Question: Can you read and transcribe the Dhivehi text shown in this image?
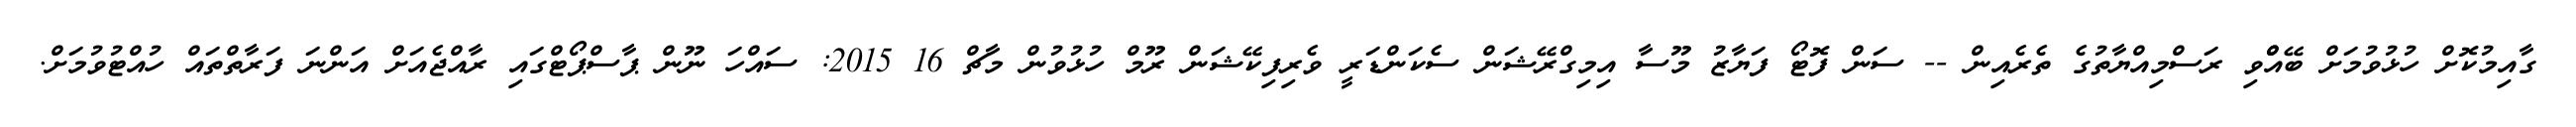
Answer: ގާއިމުކޮށް ހުޅުވުމަށް ބޭއްްވި ރަސްމިއްޔާތުގެ ތެރެއިން -- ސަން ފޮޓޯ ފަޔާޒު މޫސާ އިމިގްރޭޝަން ސެކަންޑަރީ ވެރިފިކޭޝަން ރޫމް ހުޅުވުން މާޗް 16 2015: ސައްހަ ނޫން ޕާސްޕޯޓްގައި ރާއްޖެއަށް އަންނަ ފަރާތްތައް ހުއްޓުވުމަށް.